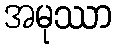
အမုဿာ